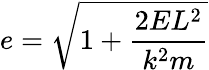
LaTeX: e={\sqrt{1+{\frac{2EL^{2}}{k^{2}m}}}}